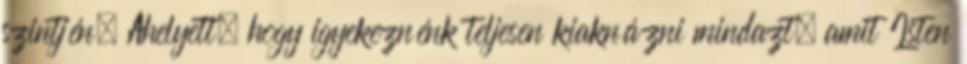
szintjén. Ahelyett, hogy igyekeznénk teljesen kiaknázni mindazt, amit Isten